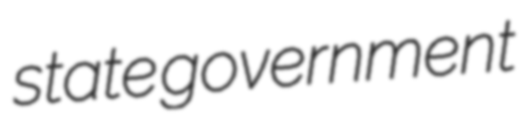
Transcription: state government